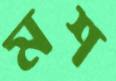
মশ